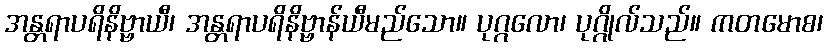
အန္တရာပရိနိဗ္ဗာယီ၊ အန္တရာပရိနိဗ္ဗာန်ယီမည်သော။ ပုဂ္ဂလော၊ ပုဂ္ဂိုလ်သည်။ ကတမောစ၊